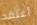
أعتقد